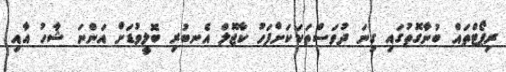
ރިޕޯޓްތައް ބުނާގޮތުގައި ގިނަ ދުވަސްތަކަކަށްފަހު ކާޖޮލް އެނބުރި ބޮލީވުޑަށް އަންނަ ޝާހު އާއި